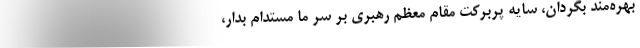
بهره‌مند بگردان، سایه پربرکت مقام معظم رهبری بر سر ما مستدام بدار،